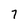
Character: 7